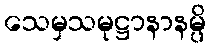
သေမှသမုဋ္ဌာနာနမ္ပိ